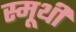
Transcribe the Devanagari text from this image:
स्मूथी